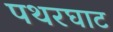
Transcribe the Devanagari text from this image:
पथरघाट